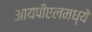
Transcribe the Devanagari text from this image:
आयपीएलमध्ये